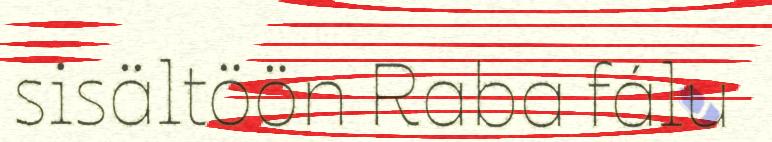
sisältöön Raba fálu